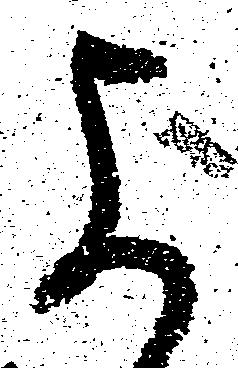
よ